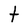
Character: t